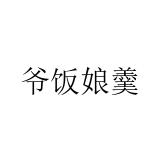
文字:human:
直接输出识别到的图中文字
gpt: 爷饭娘羹